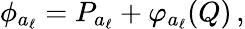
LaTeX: \phi_{a_{\ell}}=P_{a_{\ell}}+\varphi_{a_{\ell}}(Q)\, ,